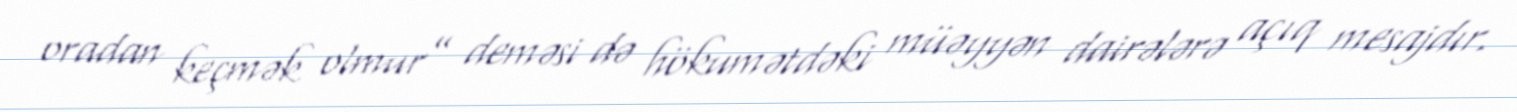
oradan keçmək olmur” deməsi də hökumətdəki müəyyən dairələrə açıq mesajdır.